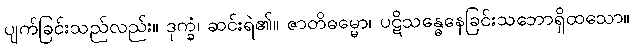
ပျက်ခြင်းသည်လည်း။ ဒုက္ခံ၊ ဆင်းရဲ၏။ ဇာတိဓမ္မော၊ ပဋိသန္ဓေနေခြင်းသဘောရှိထသော။